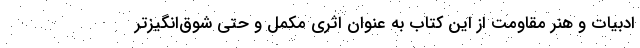
ادبیات و هنر مقاومت از این کتاب به عنوان اثری مکمل و حتی شوق‌انگیزتر